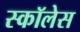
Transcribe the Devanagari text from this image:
स्कॉलेस